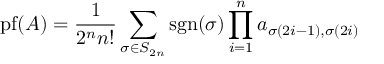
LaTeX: \operatorname { p f } ( A ) = { \frac { 1 } { 2 ^ { n } n ! } } \sum _ { \sigma \in S _ { 2 n } } \operatorname { s g n } ( \sigma ) \prod _ { i = 1 } ^ { n } a _ { \sigma ( 2 i - 1 ) , \sigma ( 2 i ) }